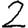
Digit: 2